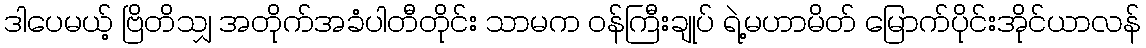
ဒါပေမယ့် ဗြိတိသျှ အတိုက်အခံပါတီတိုင်း သာမက ဝန်ကြီးချုပ် ရဲ့မဟာမိတ် မြောက်ပိုင်းအိုင်ယာလန်